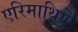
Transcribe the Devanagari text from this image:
एरिमाथिया